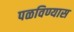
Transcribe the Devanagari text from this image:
पळविण्यास